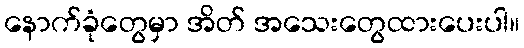
နောက်ခုံတွေမှာ အိတ် အသေးတွေထားပေးပါ။